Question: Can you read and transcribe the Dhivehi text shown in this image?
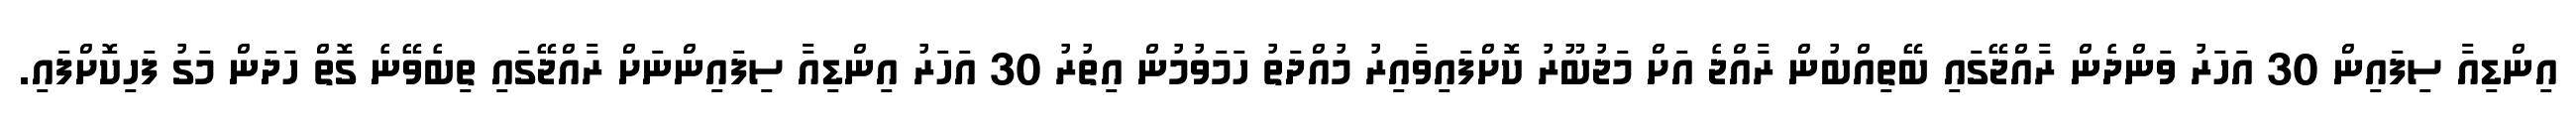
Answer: އިންޑިއާ ސިފައިން 30 އަހަރު ވަންދެން ރާއްޖޭގައި ބޭތިއްބުން ރާއްޖެ އަށް މަޖުބޫރު ކޮށްފައިވާއިރު މުއްދަތު ހަމަވުމުން އިތުރު 30 އަހަރު އިންޑިއާ ސިފައިންނަށް ރާއްޖޭގައި ތިބެވޭނެ ގޮތް ހަދަން މަގު ފަހިކޮށްފައި.